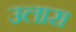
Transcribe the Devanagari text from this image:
उलारा